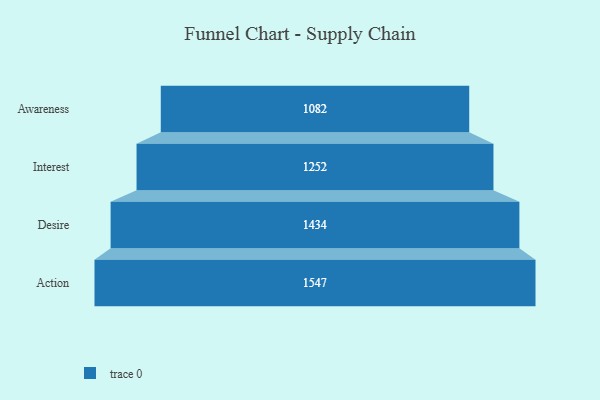
{"axis": {"x": "Stage", "y": "Value"}, "legend": [""], "data": [{"x": "Awareness", "y": 1082.0, "type": ""}, {"x": "Interest", "y": 1252.0, "type": ""}, {"x": "Desire", "y": 1434.0, "type": ""}, {"x": "Action", "y": 1547.0, "type": ""}]}